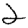
Digit: 2